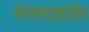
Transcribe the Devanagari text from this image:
जंगलपट्ट्यातील